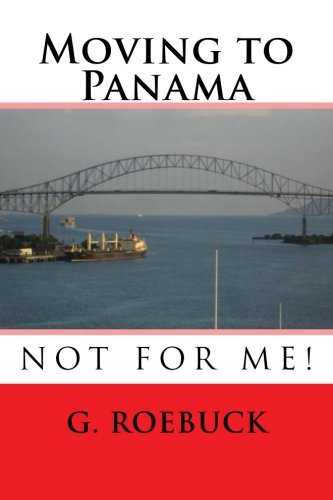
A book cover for Moving to Panama - Not for Me!; G. Roebuck; Travel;